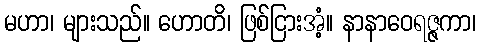
မဟာ၊ များသည်။ ဟောတိ၊ ဖြစ်ငြားအံ့။ နာနာဝေရဇ္ဇကာ၊